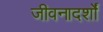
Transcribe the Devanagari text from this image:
जीवनादर्शों